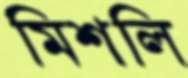
মিশলি